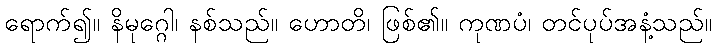
ရောက်၍။ နိမုဂ္ဂေါ၊ နစ်သည်။ ဟောတိ၊ ဖြစ်၏။ ကုဏပံ၊ တင်ပုပ်အနံ့သည်။